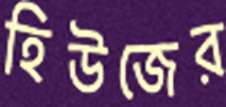
হিউজের